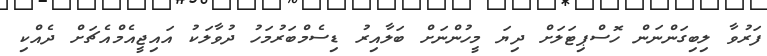
ފަރުވާ ލިބިގަންނަން ހޮސްޕިޓަލަށް ދިޔަ މީހުންނަށް ބަލާއިރު ޑިސެމްބަރުމަހު ދުވާލަކު އައިޖީއެމްއެޗަށް ދެއްކި